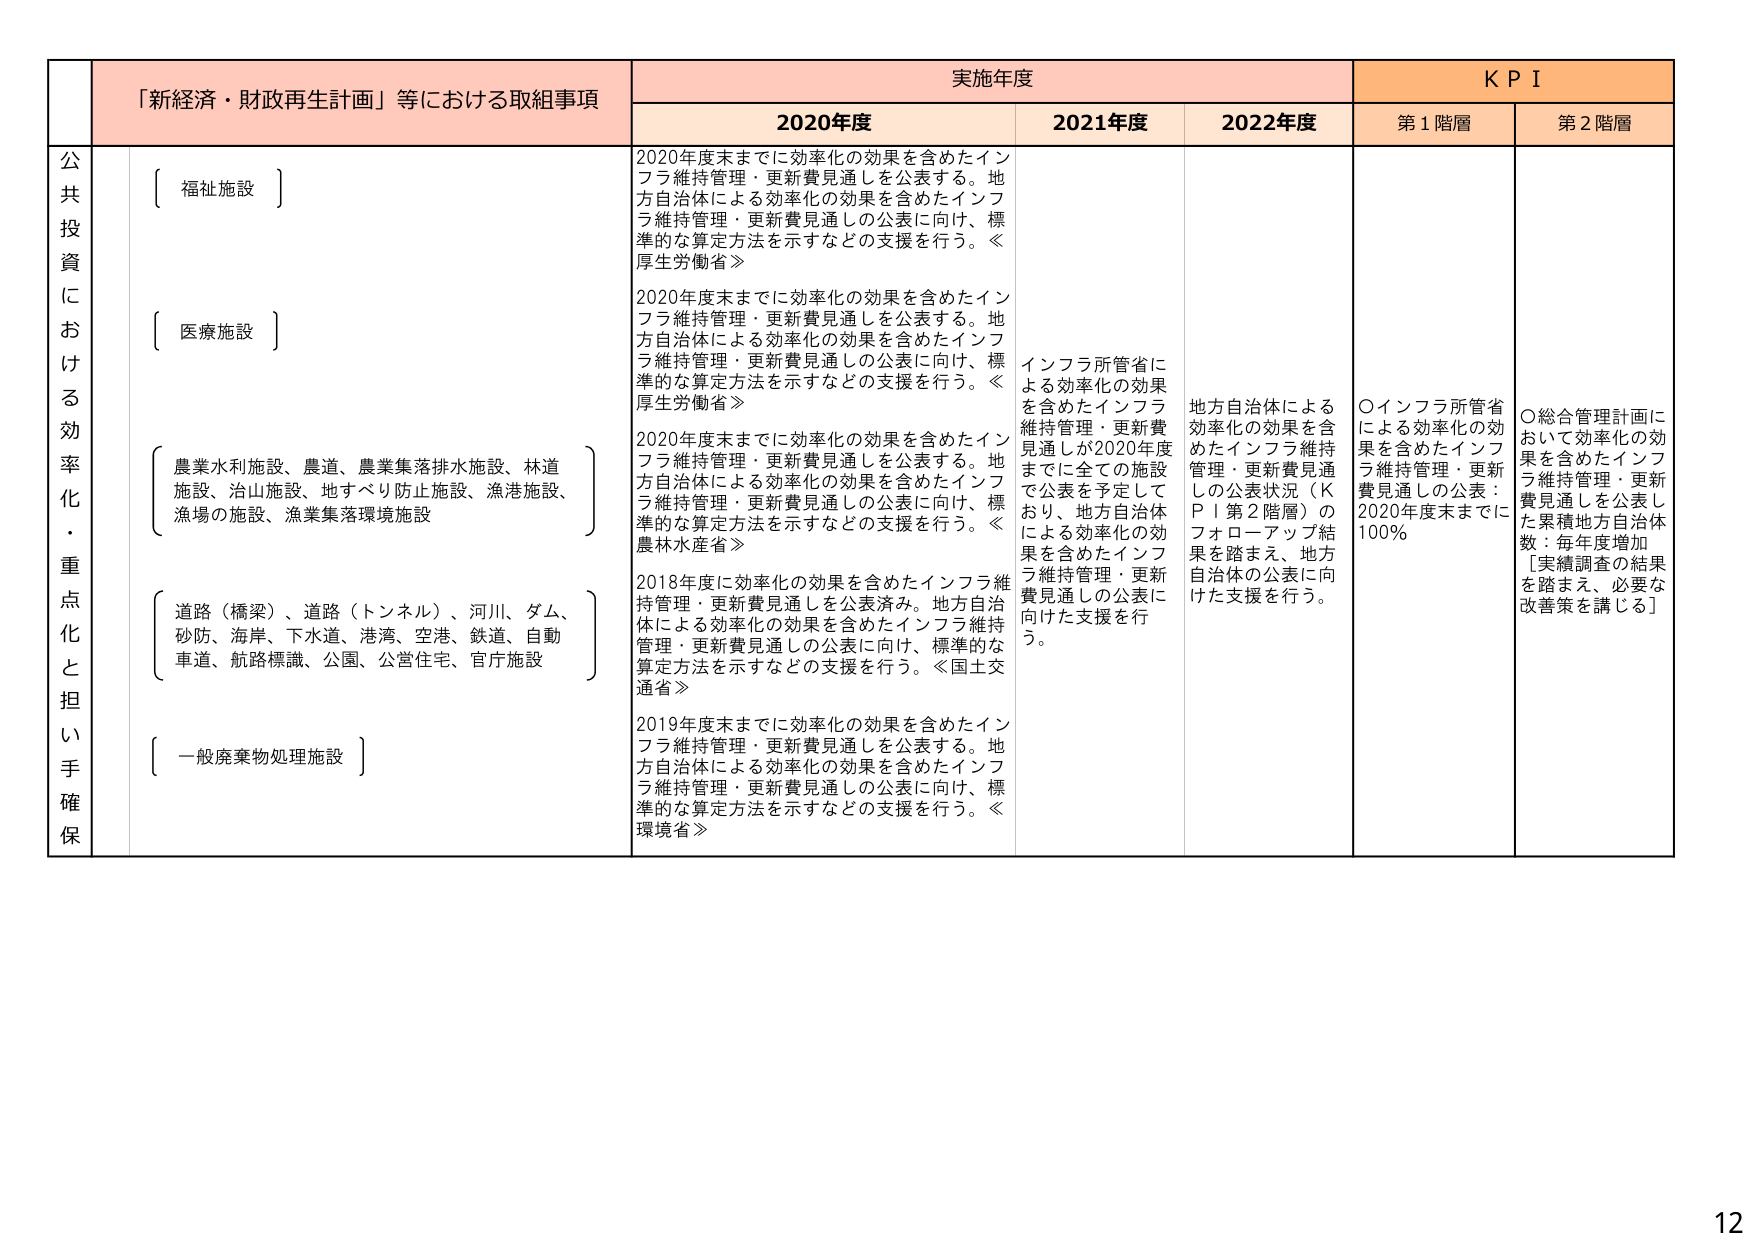
「新経済・財政再生計画」等における取組事項

実施年度

KPI

2020年度

2021年度

2022年度

第1階層

第2階層

公共投資における効率化・重点化と担い手確保

〔福祉施設〕

2020年度末までに効率化の効果を含めたインフラ維持管理・更新費見通しを公表する。地方自治体による効率化の効果を含めたインフラ維持管理・更新費見通しの公表に向け、標準的な算定方法を示すなどの支援を行う。≪厚生労働省≫

〔医療施設〕

2020年度末までに効率化の効果を含めたインフラ維持管理・更新費見通しを公表する。地方自治体による効率化の効果を含めたインフラ維持管理・更新費見通しの公表に向け、標準的な算定方法を示すなどの支援を行う。≪厚生労働省≫

〔農業水利施設、農道、農業集落排水施設、林道施設、治山施設、地すべり防止施設、漁港施設、漁場の施設、漁業集落環境施設〕

2020年度末までに効率化の効果を含めたインフラ維持管理・更新費見通しを公表する。地方自治体による効率化の効果を含めたインフラ維持管理・更新費見通しの公表に向け、標準的な算定方法を示すなどの支援を行う。≪農林水産省≫

〔道路（橋梁）、道路（トンネル）、河川、ダム、砂防、海岸、下水道、港湾、空港、鉄道、自動車道、航路標識、公園、公営住宅、官庁施設〕

2018年度に効率化の効果を含めたインフラ維持管理・更新費見通しを公表済み。地方自治体による効率化の効果を含めたインフラ維持管理・更新費見通しの公表に向け、標準的な算定方法を示すなどの支援を行う。≪国土交通省≫

〔一般廃棄物処理施設〕

2019年度末までに効率化の効果を含めたインフラ維持管理・更新費見通しを公表する。地方自治体による効率化の効果を含めたインフラ維持管理・更新費見通しの公表に向け、標準的な算定方法を示すなどの支援を行う。≪環境省≫

インフラ所管省による効率化の効果を含めたインフラ維持管理・更新費見通しが2020年度までに全ての施設で公表を予定しており、地方自治体による効率化の効果を含めたインフラ維持管理・更新費見通しの公表に向けた支援を行う。

地方自治体による効率化の効果を含めたインフラ維持管理・更新費見通しの公表状況（KPI第2階層）のフォローアップ結果を踏まえ、地方自治体の公表に向けた支援を行う。

〇インフラ所管省による効率化の効果を含めたインフラ維持管理・更新費見通しの公表：2020年度末までに100％

〇総合管理計画において効率化の効果を含めたインフラ維持管理・更新費見通しを公表した累積地方自治体数：毎年度増加［実績調査の結果を踏まえ、必要な改善策を講じる］

12